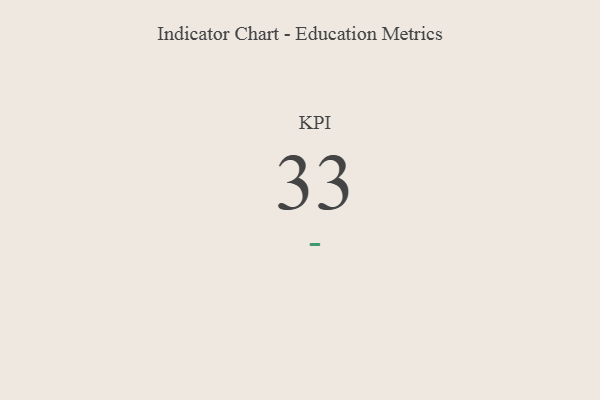
{"axis": {"x": "KPI", "y": "Value"}, "legend": [""], "data": [{"x": "KPI", "y": 33, "type": ""}]}